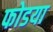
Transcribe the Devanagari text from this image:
फोडया